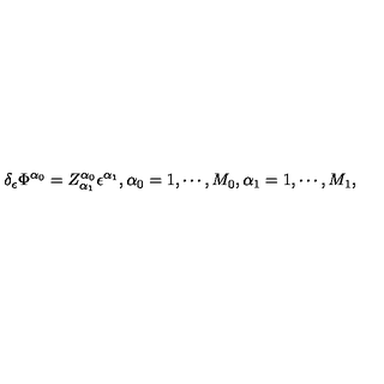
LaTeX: \delta _ { \epsilon } \Phi ^ { \alpha _ { 0 } } = Z _ { \alpha _ { 1 } } ^ { \alpha _ { 0 } } \epsilon ^ { \alpha _ { 1 } } , \alpha _ { 0 } = 1 , \cdots , M _ { 0 } , \alpha _ { 1 } = 1 , \cdots , M _ { 1 } ,